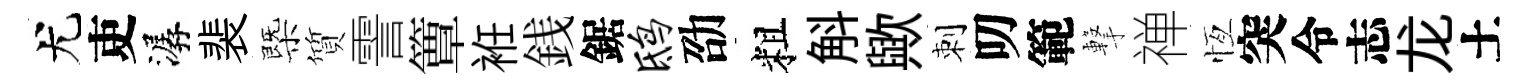
尤吏潺裴㮣質霅簟袵銭鋸鸱劭粗斛歟刺叨範撃禅恆突令志龙土